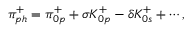
\pi _ { p h } ^ { + } = \pi _ { 0 p } ^ { + } + \sigma K _ { 0 p } ^ { + } - \delta K _ { 0 s } ^ { + } + \cdots ,